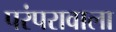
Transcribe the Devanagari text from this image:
परंपरावाला